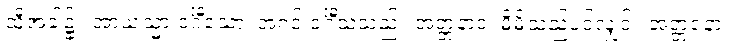
ထိုအခါ၌။ အာယသ္မာ ဝင်္ဂီသော၊ အရှင် ဝင်္ဂီသသည်။ အတ္တနာဝ၊ မိမိသည်ပင်လျှင်။ အတ္တနော၊